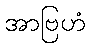
အာဗြဟံ